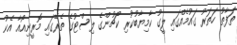
ތަފާތު ހަތަރު ގައުމެއްގައި ލީގު ކާމިޔާބުކުރި ކޯޗުންގެ ލިސްޓުގެ ތެރޭގައި މޮރީނިއޯއާ އެކު